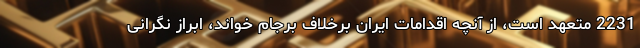
2231 متعهد است، از آنچه اقدامات ایران برخلاف برجام خواند، ابراز نگرانی